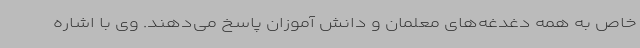
خاص به همه دغدغه‌های معلمان و دانش آموزان پاسخ می‌دهند. وی با اشاره